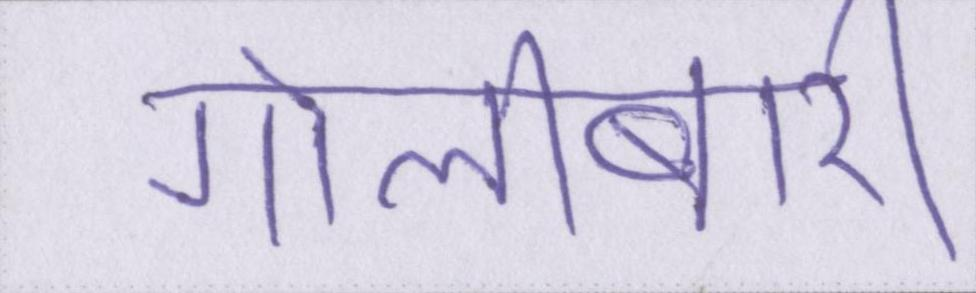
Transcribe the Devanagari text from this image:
गोलीबारी